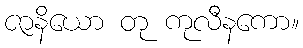
ဇာနိယော တု ကုလီနကော။